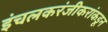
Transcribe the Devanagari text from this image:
इंचलकरंजीकरांकडून